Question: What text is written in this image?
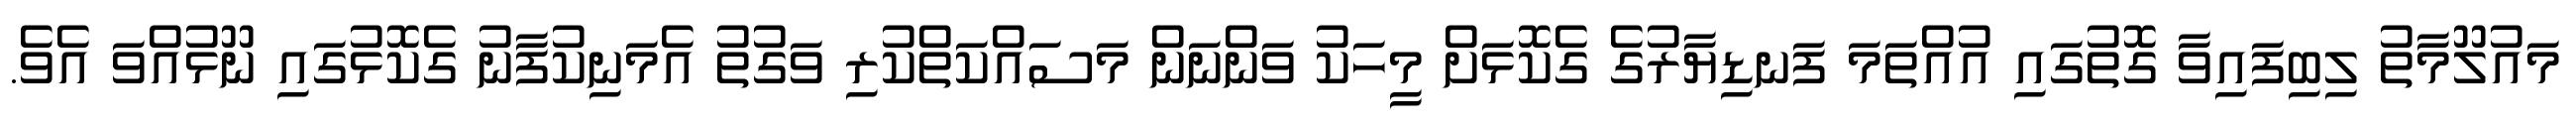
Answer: މައުލޫމާތު ލިބިފައިވާ ގޮތުގައި އުއްތަމަ ފަނޑިޔާރުގެ ގެކޮޅަށް މީހަކު ވަންނަން މަސައްކަތްކުރި ވަގުތު އެމަނިކުފާނު ގެކޮޅުގައި ނޫޅުއްވަ އެވެ.